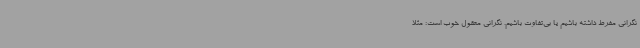
نگرانی مفرط داشته باشیم یا بی‌تفاوت باشیم. نگرانی معقول خوب است؛ مثلا